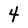
Character: 4